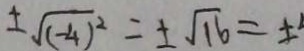
\pm \sqrt { ( - 4 ) ^ { 2 } } = \pm \sqrt { 1 6 } = \pm